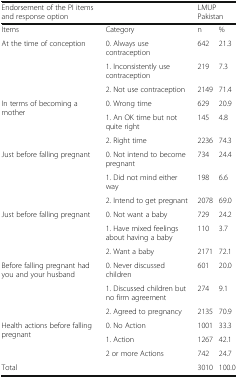
<table><thead><tr><td colspan="2"><b>Endorsement of the PI items and response option</b></td><td colspan="2"><b>LMUP Pakistan</b></td></tr></thead><tbody><tr><td>Items</td><td>Category</td><td>n</td><td>%</td></tr><tr><td rowspan="3">At the time of conception</td><td>0. Always use contraception</td><td>642</td><td>21.3</td></tr><tr><td>1. Inconsistently use contraception</td><td>219</td><td>7.3</td></tr><tr><td>2. Not use contraception</td><td>2149</td><td>71.4</td></tr><tr><td rowspan="3">In terms of becoming a mother</td><td>0. Wrong time</td><td>629</td><td>20.9</td></tr><tr><td>1. An OK time but not quite right</td><td>145</td><td>4.8</td></tr><tr><td>2. Right time</td><td>2236</td><td>74.3</td></tr><tr><td rowspan="3">Just before falling pregnant</td><td>0. Not intend to become pregnant</td><td>734</td><td>24.4</td></tr><tr><td>1. Did not mind either way</td><td>198</td><td>6.6</td></tr><tr><td>2. Intend to get pregnant</td><td>2078</td><td>69.0</td></tr><tr><td rowspan="3">Just before falling pregnant</td><td>0. Not want a baby</td><td>729</td><td>24.2</td></tr><tr><td>1. Have mixed feelings about having a baby</td><td>110</td><td>3.7</td></tr><tr><td>2. Want a baby</td><td>2171</td><td>72.1</td></tr><tr><td rowspan="3">Before falling pregnant had you and your husband</td><td>0. Never discussed children</td><td>601</td><td>20.0</td></tr><tr><td>1. Discussed children but no firm agreement</td><td>274</td><td>9.1</td></tr><tr><td>2. Agreed to pregnancy</td><td>2135</td><td>70.9</td></tr><tr><td rowspan="3">Health actions before falling pregnant</td><td>0. No Action</td><td>1001</td><td>33.3</td></tr><tr><td>1. Action</td><td>1267</td><td>42.1</td></tr><tr><td>2 or more Actions</td><td>742</td><td>24.7</td></tr><tr><td>Total</td><td></td><td>3010</td><td>100.0</td></tr></tbody></table>